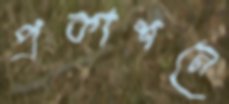
প্রকাশনে